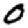
Digit: 0